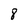
Character: 8